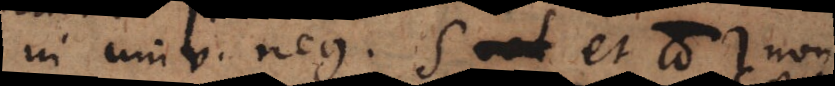
In univ. neg. s et π non